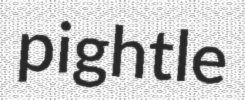
pightle